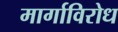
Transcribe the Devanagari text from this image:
मार्गाविरोध